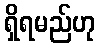
ရှိရမည်ဟု